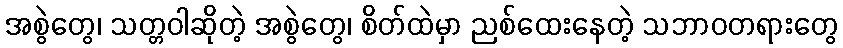
အစွဲတွေ၊ သတ္တဝါဆိုတဲ့ အစွဲတွေ၊ စိတ်ထဲမှာ ညစ်ထေးနေတဲ့ သဘာဝတရားတွေ